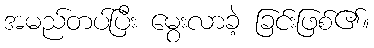
အမည်တပ်ပြီး မွေးလာခဲ့ ခြင်းဖြစ်၏။